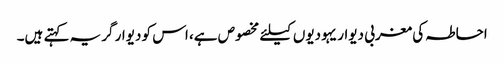
احاطہ کی مغربی دیوار یہودیوں کیلئے مخصوص ہے، اس کو دیوار گریہ کہتے ہیں۔